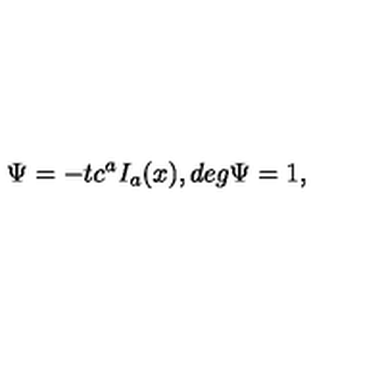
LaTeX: \Psi = - t c ^ { a } I _ { a } ( x ) , d e g \Psi = 1 ,